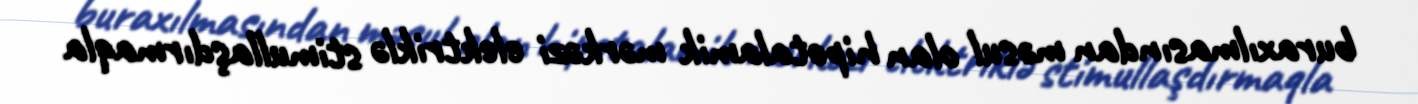
buraxılmasından məsul olan hipotalamik mərkəzi elektriklə stimullaşdırmaqla